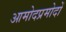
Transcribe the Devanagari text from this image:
आमोदप्रमोदों